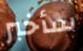
سأخبر